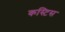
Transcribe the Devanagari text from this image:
कस्टिस